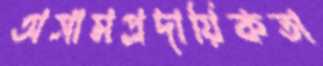
অসামপ্রদায়িকতা